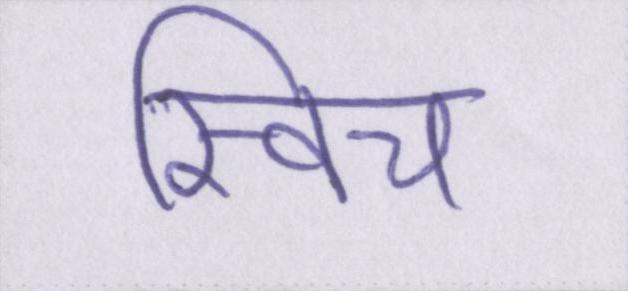
स्विच